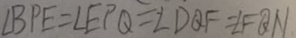
\angle B P E = \angle E P Q = \angle D Q F = \angle F Q N